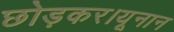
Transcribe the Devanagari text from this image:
छोड़कर।यूनान